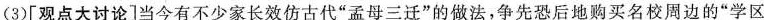
(3)[观点大讨论]当今有不少家长效仿古代”孟母三迁”的做法，争先恐后地购买名校周边的”学区